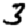
Digit: 3